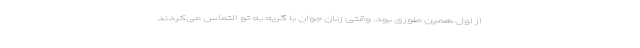
از اول همین طوری بود. وقتی زنان جوان با گریه به تو التماس می‌کردند